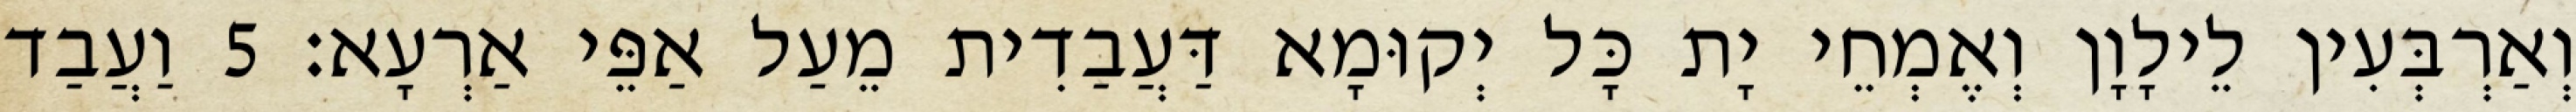
וְאַרְבְּעִין לֵילָוָן וְאֶמְחֵי יָת כָּל יְקוּמָא דַּעֲבַדִית מֵעַל אַפֵּי אַרְעָא׃ 5 וַעֲבַד